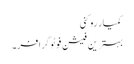
کمیار روکنی
بہترین فیشن فوٹوگرافر۔